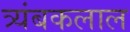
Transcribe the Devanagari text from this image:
त्र्यंबकलाल